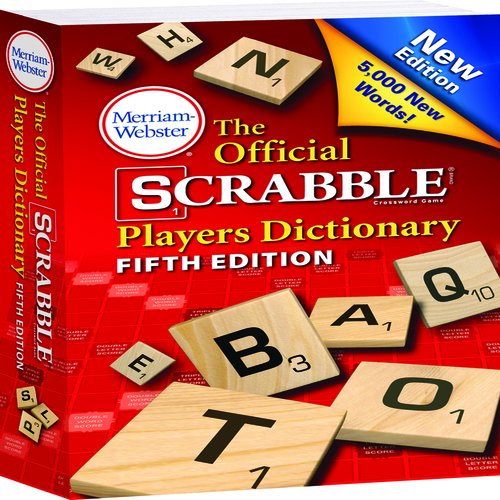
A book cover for Merriam Webster 5th Edition Scrabble Dictionary; Humor & Entertainment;